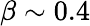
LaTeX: \beta\sim 0.4